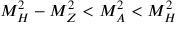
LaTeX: M _ { H } ^ { 2 } - M _ { Z } ^ { 2 } < M _ { A } ^ { 2 } < M _ { H } ^ { 2 }